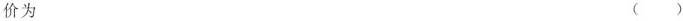
价为 ()